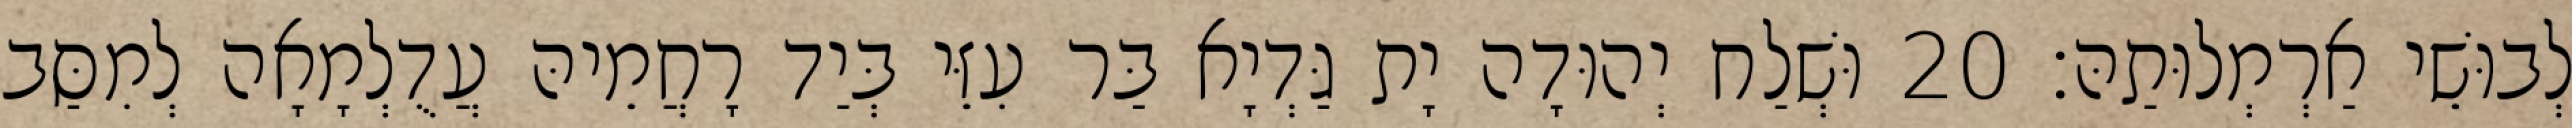
לְבוּשֵׁי אַרְמְלוּתַהּ׃ 20 וּשְׁלַח יְהוּדָה יָת גַּדְיָא בַּר עִזֵּי בְּיַד רָחֲמֵיהּ עֲדֻלְמָאָה לְמִסַּב